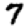
Digit: 7